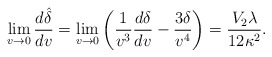
\begin{align*} \lim_{v\rightarrow 0}\frac{d\hat{\delta}}{dv}=\lim_{v\rightarrow 0}\left(\frac{1}{v^3}\frac{d\delta}{dv}-\frac{3\delta}{v^4}\right)=\frac{V_2\lambda}{12\kappa^2}.\end{align*}